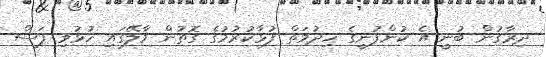
ދިރާގުން ބުނީ އެ ކުންފުނީގެ ހިދުމަތް ފުޅާކުރުމުގެ ގޮތުން މާލޭގައި ހުޅުވި ފަސް